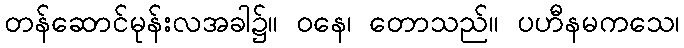
တန်ဆောင်မုန်းလအခါ၌။ ဝနေ၊ တောသည်။ ပဟီနမကသေ၊